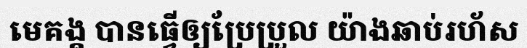
មេគង្គ បានធ្វើឲ្យប្រែប្រួល យ៉ាងឆាប់រហ័ស